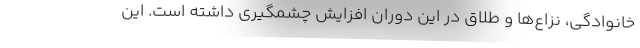
خانوادگی، نزاع‌ها و طلاق در این دوران افزایش چشمگیری داشته است. این